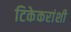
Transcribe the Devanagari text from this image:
टिकेकरांशी